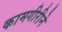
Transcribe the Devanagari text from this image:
कामगीरीने